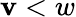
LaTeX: \mathbf{v}<w